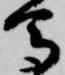
馬